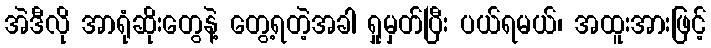
အဲဒီလို အာရုံဆိုးတွေနဲ့ တွေ့ရတဲ့အခါ ရှုမှတ်ပြီး ပယ်ရမယ်၊ အထူးအားဖြင့်